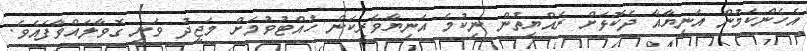
އެހެންކަމުން އަނިޔާއާ ދެކޮޅަށް ރައްޔިތުން ނިކުމެ އަނިޔާވެރިކަން ހުއްޓުވުމަށް މަޖީދު ވަނީ ގޮވާލައްވާފައެވެ.